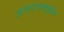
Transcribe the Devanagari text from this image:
आंतराश्मयुगीन